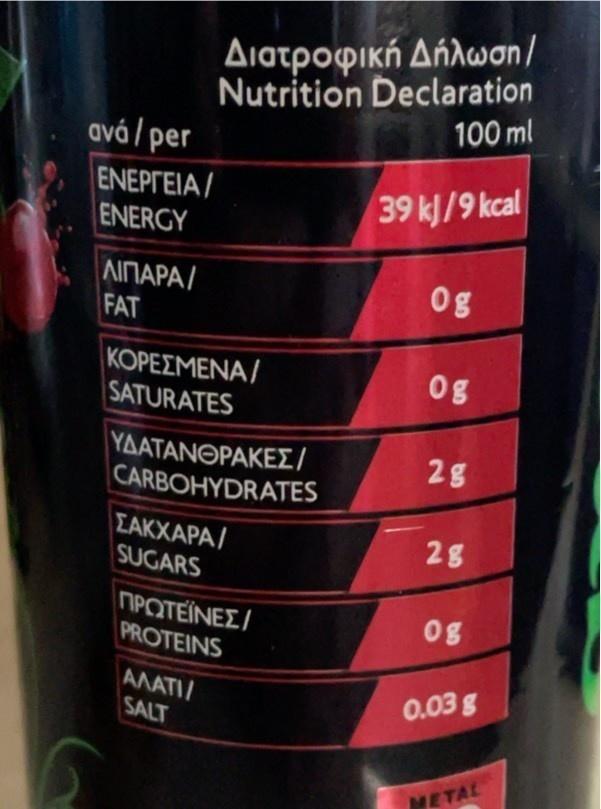
avá/per
ΕΝΕΡΓΕΙΑ /
ENERGY
ΛΙΠΑΡΑ/
FAT
Διατροφική Δήλωση/ Nutrition Declaration
100 ml
ΚΟΡΕΣΜΕΝΑ/
SATURATES
ΥΔΑΤΑΝΘΡΑΚΕΣ/ CARBOHYDRATES
ΣΑΚΧΑΡΑ/
SUGARS
ΠΡΩΤΕΪΝΕΣ/
PROTEINS
ΑΛΑΤΙ, SALT
39 kJ/9 kcal
Og
Og
2g
2g
og
0.038
METAL